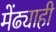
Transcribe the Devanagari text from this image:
मेंढ्याही